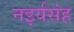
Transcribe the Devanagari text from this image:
नइर्यसंह